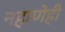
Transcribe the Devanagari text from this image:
नहाणेही